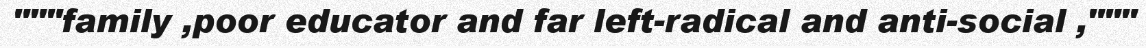
"""family ,poor educator and far left-radical and anti-social ,"""